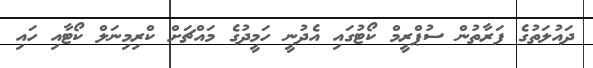
ދައުލަތުގެ ފަރާތުން ސުޕްރީމް ކޯޓުގައި އެދުނީ ހަމީދުގެ މައްޗަށް ކްރިމިނަލް ކޯޓާއި ހައި